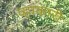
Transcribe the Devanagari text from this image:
व्हाकारी